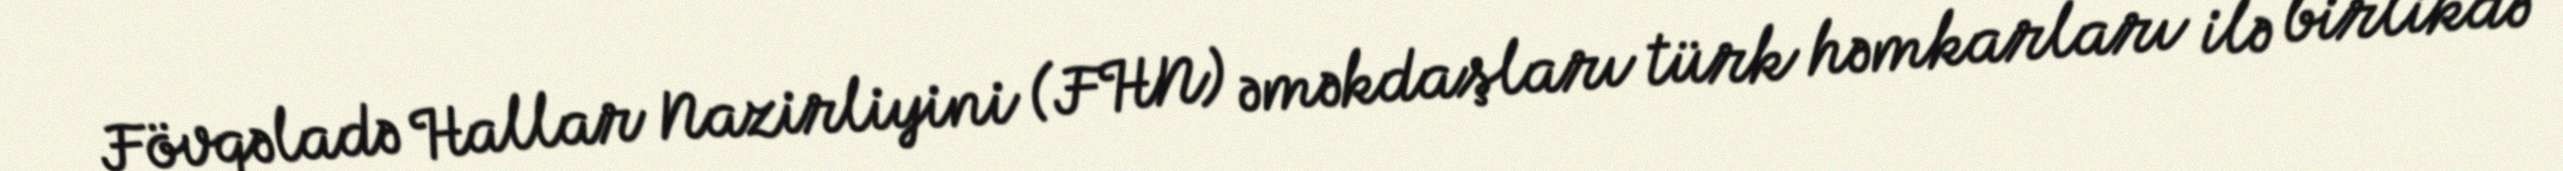
Fövqəladə Hallar Nazirliyini (FHN) əməkdaşları türk həmkarları ilə birlikdə